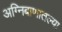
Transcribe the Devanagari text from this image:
अग्निबाणातल्या